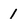
Character: 1